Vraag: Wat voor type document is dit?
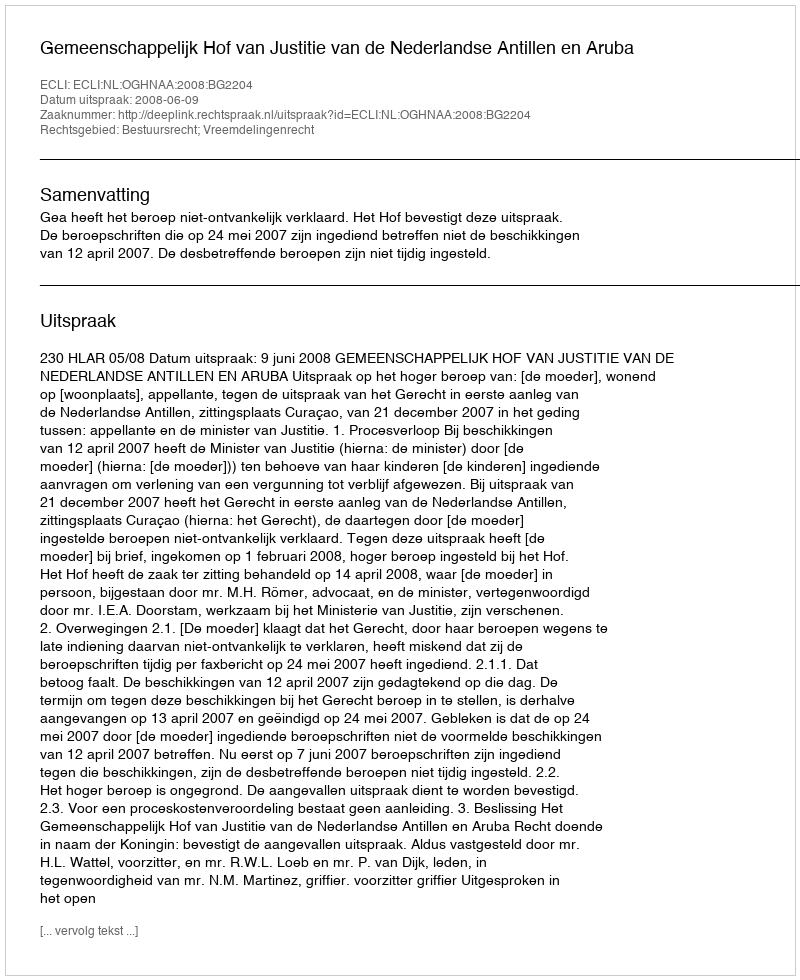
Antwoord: Uitspraak